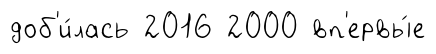
доб'и́лась 2016 2000 вп'ервы́е